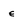
Character: e